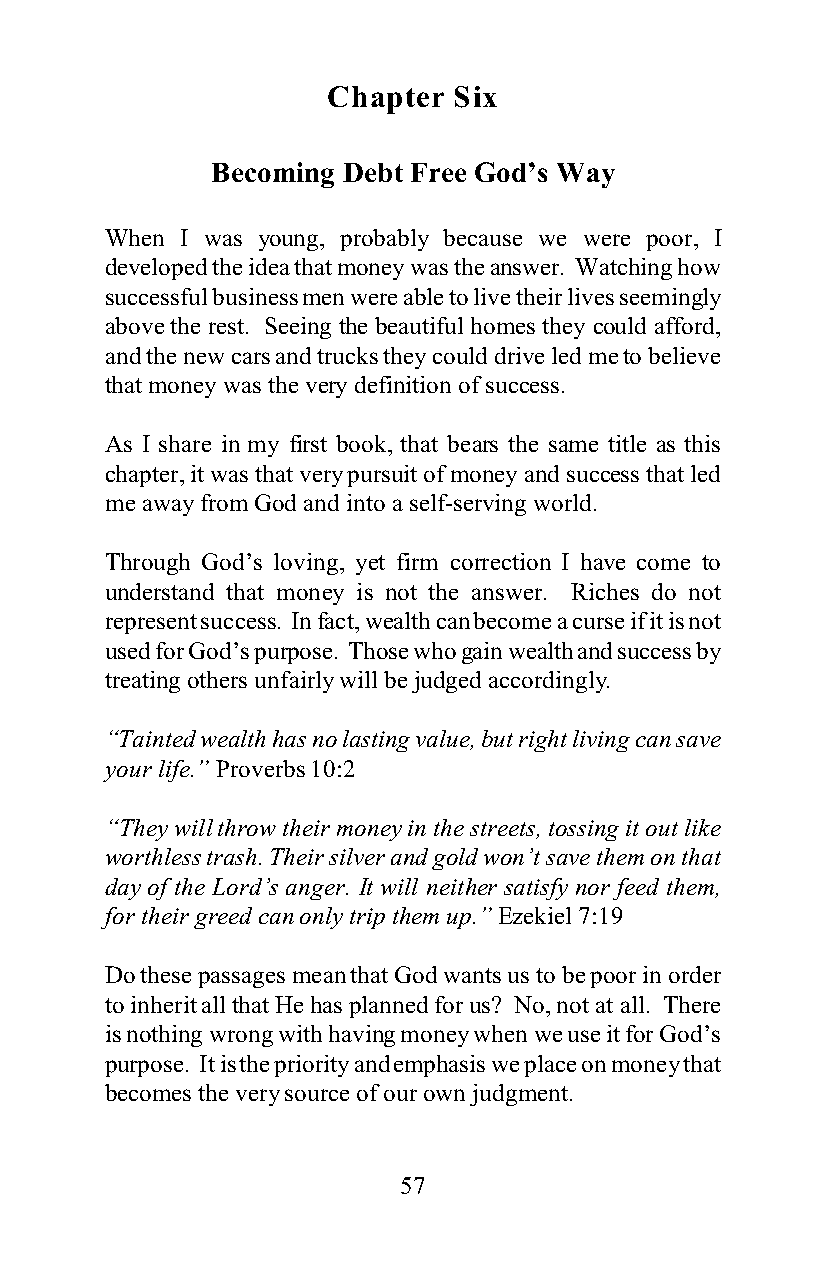
Chapter Six
 Becoming Debt Free God’s Way
 When I was young, probably because we were poor, I
 developed the idea that money was the answer. Watching how
 successful business men were able to live their lives seemingly
 above the rest. Seeing the beautiful homes they could afford,
 and the new cars and trucks they could drive led me to believe
 that money was the very definition of success.
 As I share in my first book, that bears the same title as this
 chapter, it was that very pursuit of money and success that led
 me away from God and into a self-serving world.
 Through God’s loving, yet firm correction I have come to
 understand that money is not the answer. Riches do not
 represent success. In fact, wealth can become a curse if it is not
 used for God’s purpose. Those who gain wealth and success by
 treating others unfairly will be judged accordingly.
 “Tainted wealth has no lasting value, but right living can save
 your life.” Proverbs 10:2
 “They will throw their money in the streets, tossing it out like
 worthless trash. Their silver and gold won’t save them on that
 day of the Lord’s anger. It will neither satisfy nor feed them,
 for their greed can only trip them up.” Ezekiel 7:19
 Do these passages mean that God wants us to be poor in order
 to inherit all that He has planned for us? No, not at all. There
 is nothing wrong with having money when we use it for God’s
 purpose. It is the priority and emphasis we place on money that
 becomes the very source of our own judgment.
 57